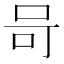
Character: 𭇎